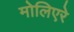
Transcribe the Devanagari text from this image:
मोलिएरे